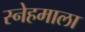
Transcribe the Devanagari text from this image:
स्नेहमाला